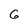
Character: 6